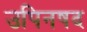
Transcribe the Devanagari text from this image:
उपिनषद